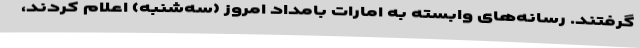
گرفتند. رسانه‌های وابسته به امارات بامداد امروز (سه‌شنبه) اعلام کردند،